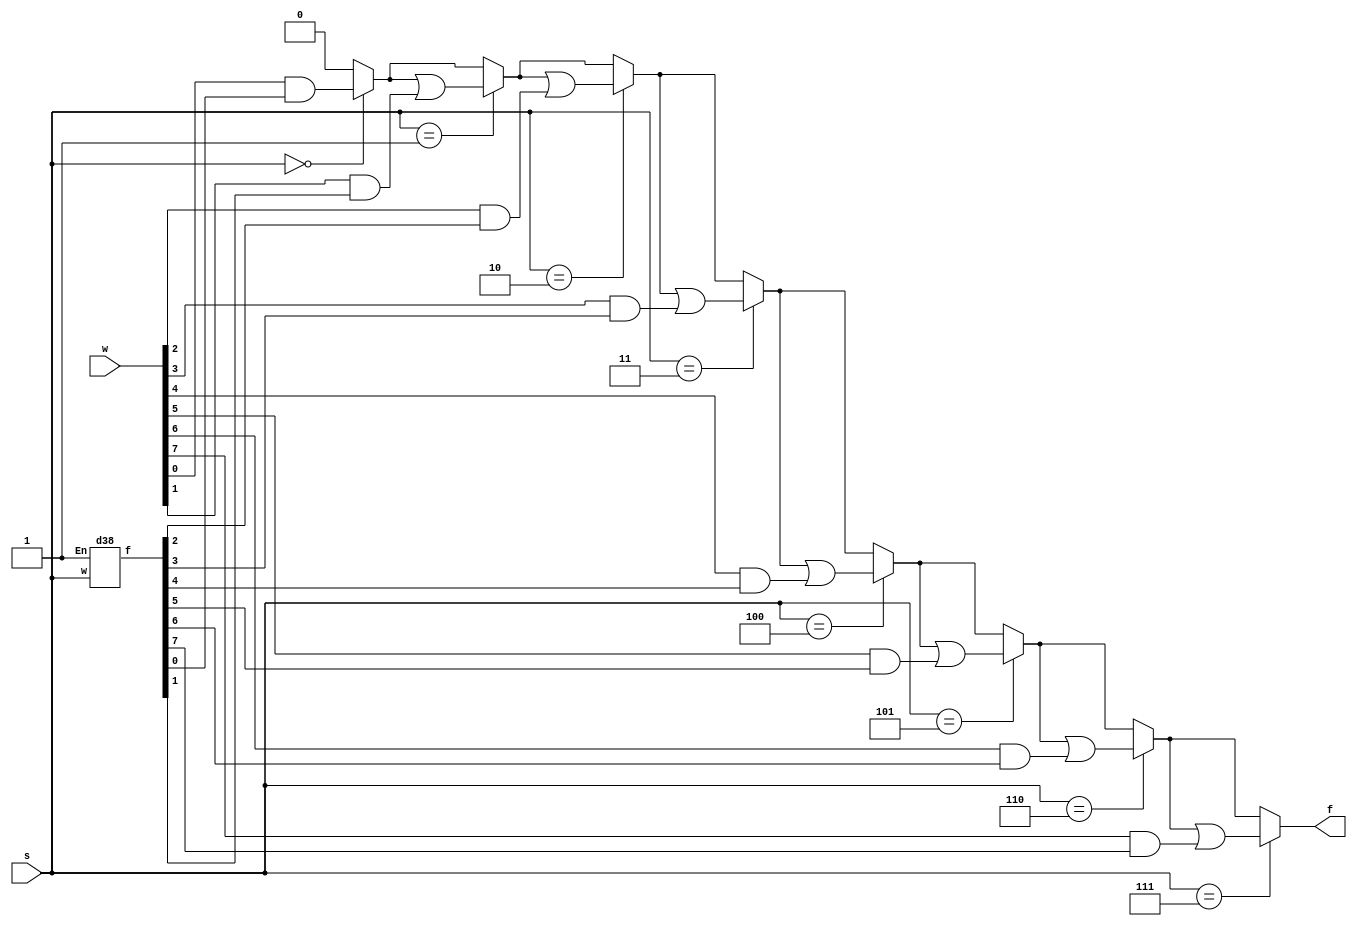
module q4(w,s,f);
	input [7:0] w;
	input [2:0] s;
	output reg f;
	integer i;
	wire [7:0] c;
	d38 s0(s,1'b1,c);
	always@(c)
	begin
		f=1'b0;
		for(i=0;i<8;i=i+1)
		begin
			if(s==i)
				f= f | w[i]&c[i];
		end
	end
endmodule

module d38(w,En,f);
	input [2:0] w;
	input En;
	output reg [7:0] f;
	integer i;
	always@(w,En)
	begin
		for(i=0;i<=8;i=i+1)
		begin
			if((w == i) && (En == 1))
				f[i] = 1;
			else
				f[i] = 0;
		end
	end		
endmodule